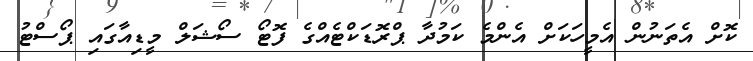
ކޮށް އެތަނުން އެމީހަކަށް އެންމެ ކަމުދާ ޕްރޮޑަކްޓެއްގެ ފޮޓޯ ސޯޝަލް މީޑިއާގައި ޕޯސްޓު